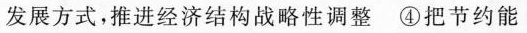
发展方式，推进经济结构战略性调整④把节约能